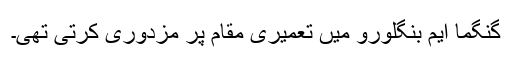
گنگما ایم بنگلورو میں تعمیری مقام پر مزدوری کرتی تھی۔